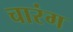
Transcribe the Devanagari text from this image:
चारंग